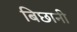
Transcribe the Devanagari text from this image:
बिछानी